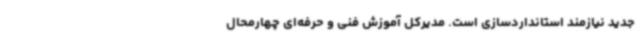
جدید نیازمند استانداردسازی است. مدیرکل آموزش فنی و حرفه‌ای چهارمحال